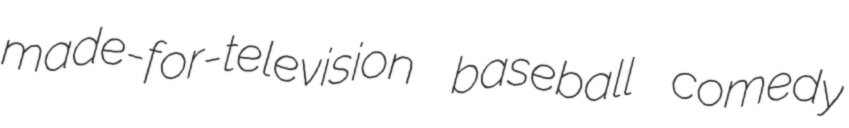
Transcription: made-for-television baseball comedy